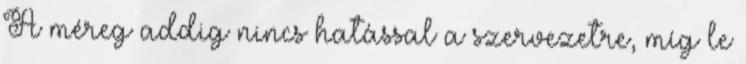
A méreg addig nincs hatással a szervezetre, míg le